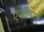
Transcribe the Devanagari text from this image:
एकरूपेण